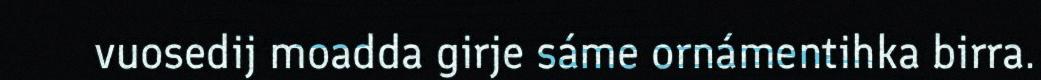
vuosedij moadda girje sáme ornámentihka birra.